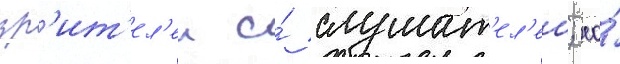
зр'ит'ел'еи и́ слушат'ел'еи; ео́